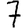
Digit: 7